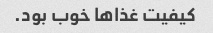
کیفیت غذاها خوب بود.